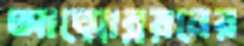
আত্মোন্নয়নের